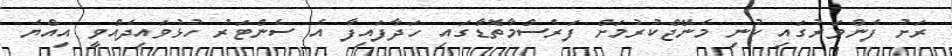
ރަށު ފެންވަރުގައި ކުނި މެނޭޖްކުރުމަށް ފަރެސްމާތޮޑާގައި ހަދާފައިފާ އެ ސެންޓަރު ހުޅުވައިދެއްވީ އިއްޔެ